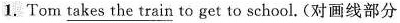
1.Tom \underline{ takesthe train } to get to school.(对画线部分